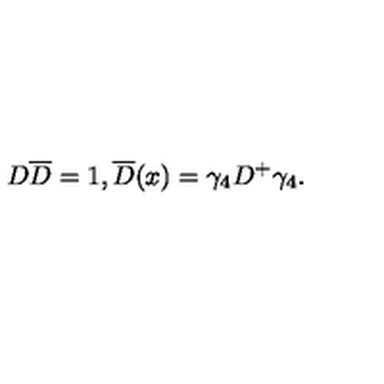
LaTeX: D \overline { { D } } = 1 , \overline { { D } } ( x ) = \gamma _ { 4 } D ^ { + } \gamma _ { 4 } .